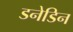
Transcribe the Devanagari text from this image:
डनेडिन